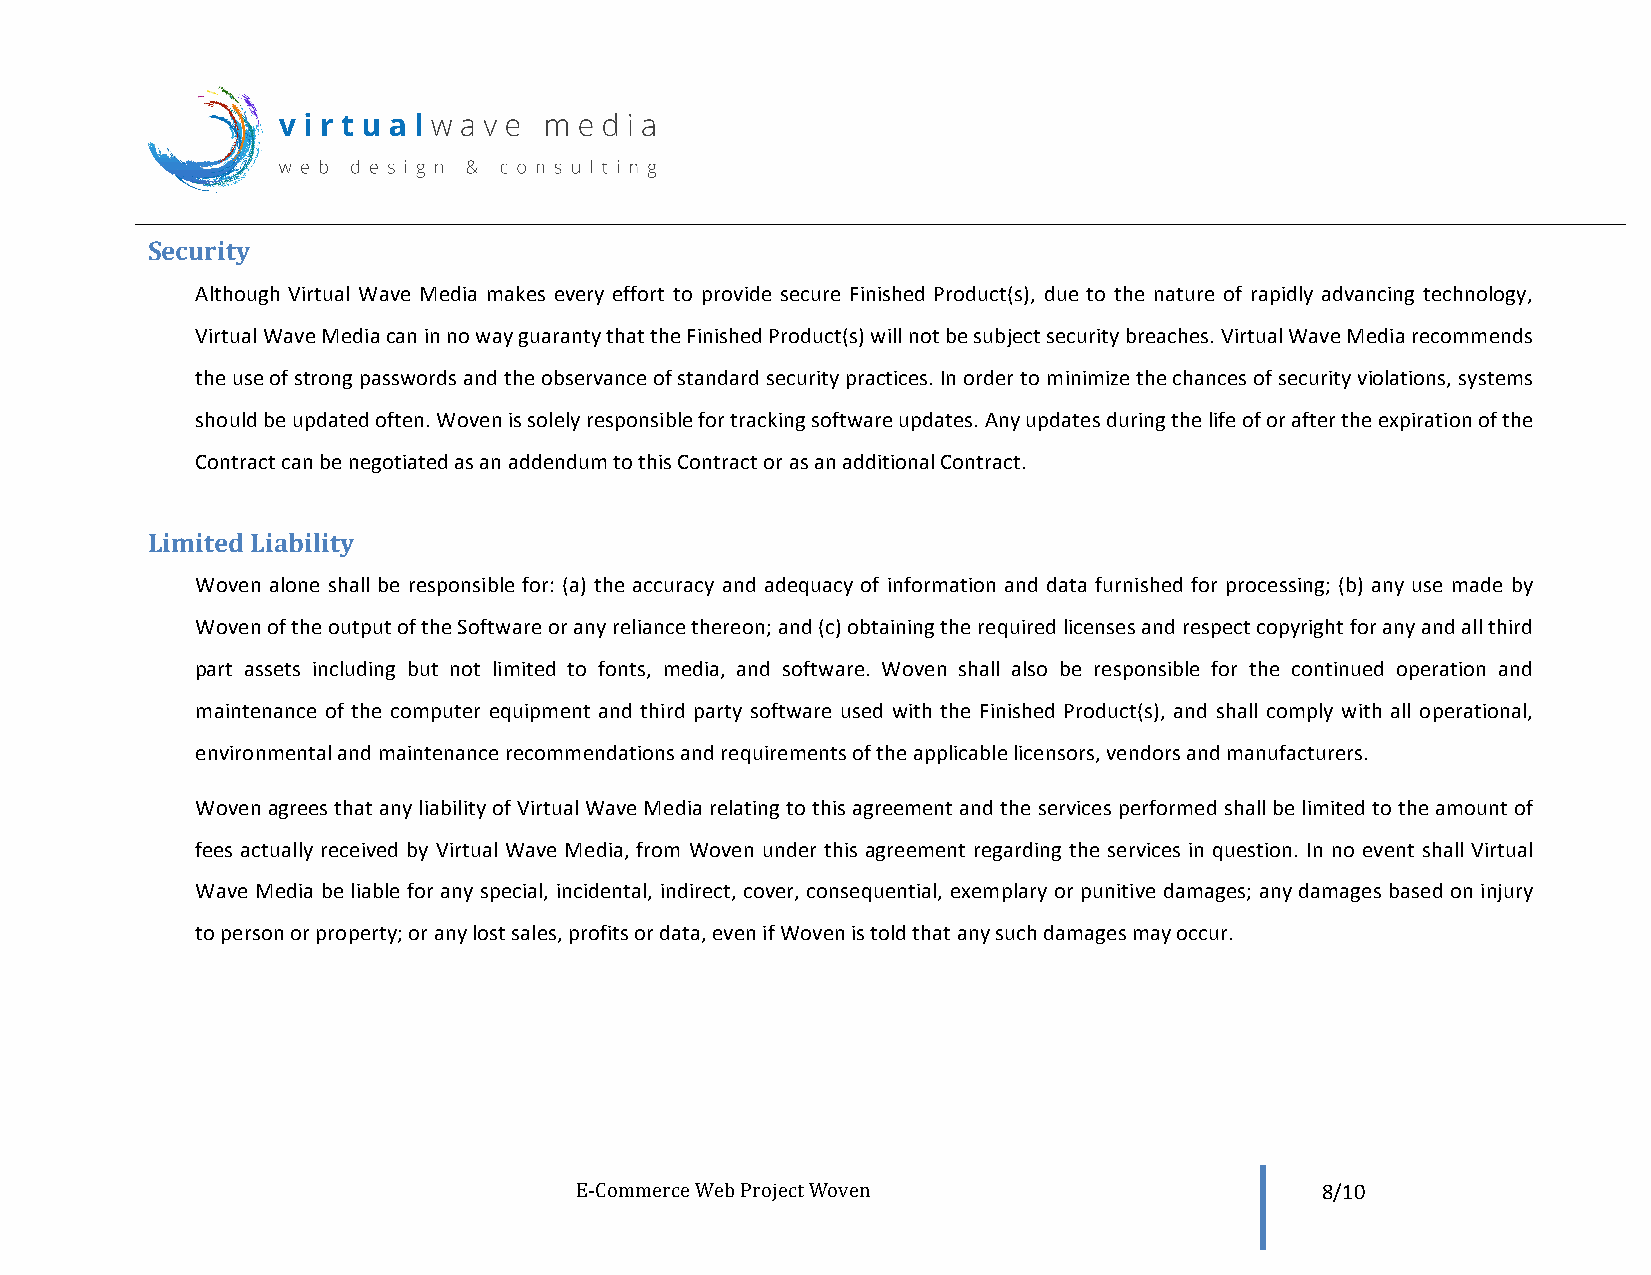
Security
 Although Virtual Wave Media makes every effort to provide secure Finished Product(s), due to the nature of rapidly advancing technology,
 Virtual Wave Media can in no way guaranty that the Finished Product(s) will not be subject security breaches. Virtual Wave Media recommends
 the use of strong passwords and the observance of standard security practices. In order to minimize the chances of security violations, systems
 should be updated often. Woven is solely responsible for tracking software updates. Any updates during the life of or after the expiration of the
 Contract can be negotiated as an addendum to this Contract or as an additional Contract.
 Limited Liability
 Woven alone shall be responsible for: (a) the accuracy and adequacy of information and data furnished for processing; (b) any use made by
 Woven of the output of the Software or any reliance thereon; and (c) obtaining the required licenses and respect copyright for any and all third
 part assets including but not limited to fonts, media, and software. Woven shall also be responsible for the continued operation and
 maintenance of the computer equipment and third party software used with the Finished Product(s), and shall comply with all operational,
 environmental and maintenance recommendations and requirements of the applicable licensors, vendors and manufacturers.
 Woven agrees that any liability of Virtual Wave Media relating to this agreement and the services performed shall be limited to the amount of
 fees actually received by Virtual Wave Media, from Woven under this agreement regarding the services in question. In no event shall Virtual
 Wave Media be liable for any special, incidental, indirect, cover, consequential, exemplary or punitive damages; any damages based on injury
 to person or property; or any lost sales, profits or data, even if Woven is told that any such damages may occur.
 E-­‐Commerce Web Project Woven                   8/10